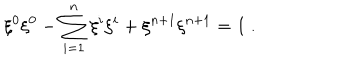
LaTeX: \xi ^ { 0 } \xi ^ { 0 } - \sum _ { i = 1 } ^ { n } \xi ^ { i } \xi ^ { i } + \xi ^ { n + 1 } \xi ^ { n + 1 } = 1 ~ .